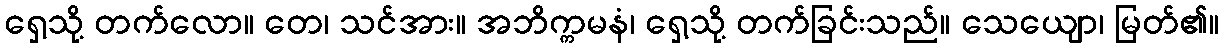
ရှေ့သို့ တက်လော။ တေ၊ သင်အား။ အဘိက္ကမနံ၊ ရှေ့သို့ တက်ခြင်းသည်။ သေယျော၊ မြတ်၏။